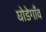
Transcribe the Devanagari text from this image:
घोडेगाँव